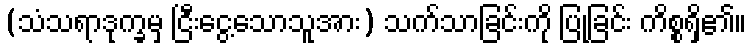
(သံသရာဒုက္ခမှ ငြီးငွေ့သောသူအား) သက်သာခြင်းကို ပြုခြင်း ကိစ္စရှိ၏။